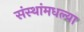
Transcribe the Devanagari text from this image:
संस्थांमधल्या